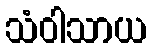
သံဝါသာယ